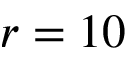
r = 1 0